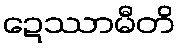
ဍေဿာမီတိ